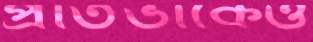
প্রতিভাকেও